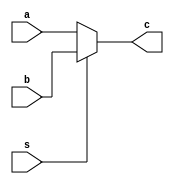
module mux
#(
    parameter N = 5
)
(
    input wire [N-1: 0] a, b,
    input wire s,
    output reg [N-1: 0]c
);

always @* begin
    if(s==0) c = a;
    else c = b;
end

endmodule